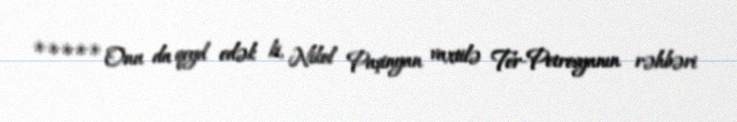
***** Onu da qeyd edək ki, Nikol Paşinyan vaxtilə Ter-Petrosyanın rəhbəri